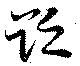
貶